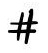
\#